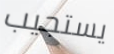
يستجيب